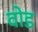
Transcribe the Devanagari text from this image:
वोड